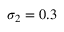
\sigma _ { 2 } = 0 . 3